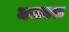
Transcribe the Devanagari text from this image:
मजबरू